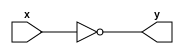
module not_i1(y, x);
	output y;
	input x;
		
	assign y = ~x;
endmodule